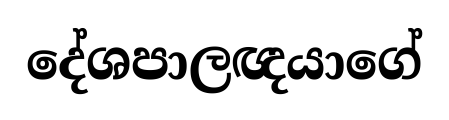
දේශපාලඥයාගේ